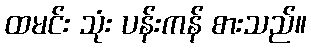
ထမင်း သုံး ပန်းကန် စားသည်။